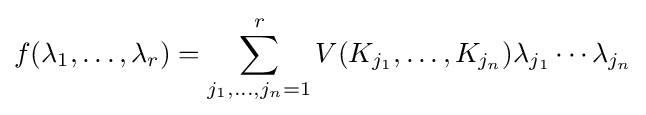
f(\lambda _{1},\ldots ,\lambda _{r})=\sum _{j_{1},\ldots ,j_{n}=1}^{r}V(K_{j_{1}},\ldots ,K_{j_{n}})\lambda _{j_{1}}\cdots \lambda _{j_{n}}